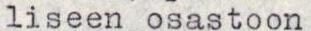
liseen osastoon